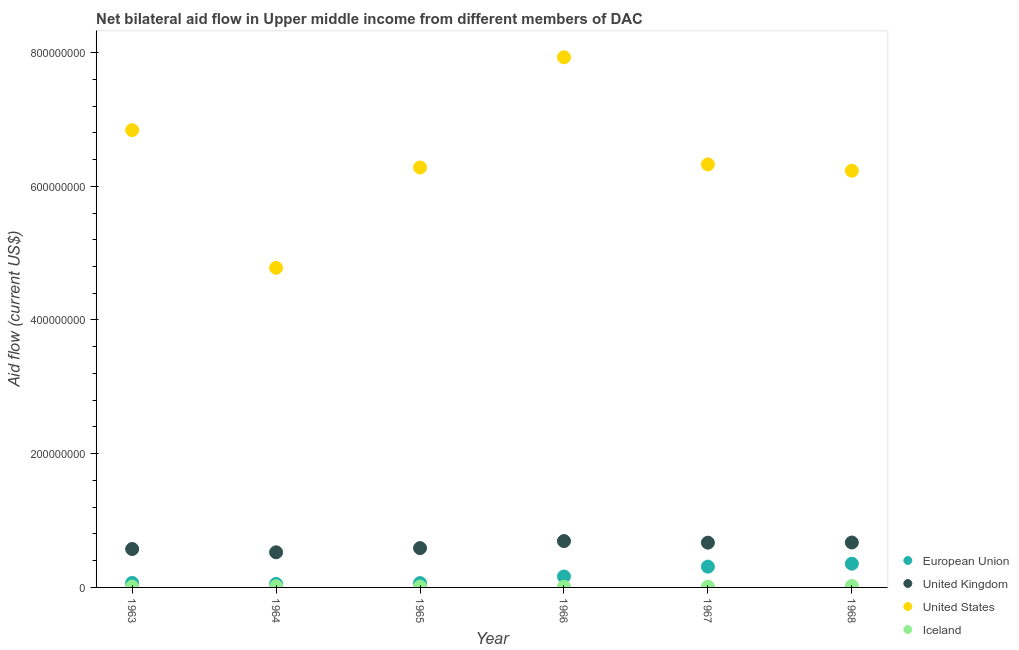
| Year | European Union | United Kingdom | United States | Iceland |
 | --- | --- | --- | --- | --- |
 | 1963 | 6.73e+06 | 5.74e+07 | 6.84e+08 | 1.18e+06 |
 | 1964 | 5.22e+06 | 5.25e+07 | 4.78e+08 | 1.74e+06 |
 | 1965 | 6.46e+06 | 5.88e+07 | 6.28e+08 | 1.26e+06 |
 | 1966 | 1.64e+07 | 6.93e+07 | 7.93e+08 | 9.9e+05 |
 | 1967 | 3.11e+07 | 6.69e+07 | 6.33e+08 | 1.18e+06 |
 | 1968 | 3.55e+07 | 6.72e+07 | 6.23e+08 | 2.25e+06 |